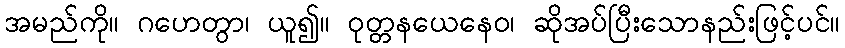
အမည်ကို။ ဂဟေတွာ၊ ယူ၍။ ဝုတ္တနယေနေဝ၊ ဆိုအပ်ပြီးသောနည်းဖြင့်ပင်။